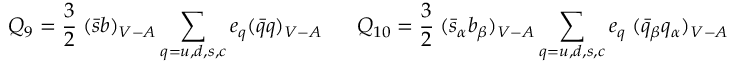
Q _ { 9 } = { \frac { 3 } { 2 } } \; ( \bar { s } b ) _ { V - A } \sum _ { q = u , d , s , c } e _ { q } ( \bar { q } q ) _ { V - A } { } ~ ~ ~ ~ ~ Q _ { 1 0 } = { \frac { 3 } { 2 } } \; ( \bar { s } _ { \alpha } b _ { \beta } ) _ { V - A } \sum _ { q = u , d , s , c } e _ { q } \; ( \bar { q } _ { \beta } q _ { \alpha } ) _ { V - A }